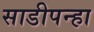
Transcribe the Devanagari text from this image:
साडीपन्हा